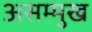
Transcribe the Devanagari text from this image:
असम्मुख